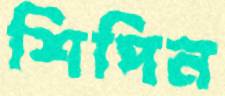
শিপিন